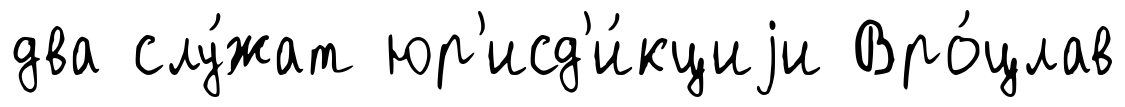
два слу́жат юр'исд'и́кциjи Вро́цлав